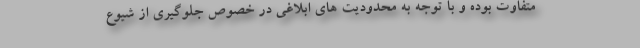
متفاوت بوده و با توجه به محدودیت های ابلاغی در خصوص جلوگیری از شیوع